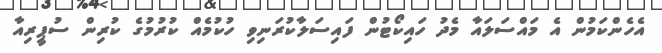
އެހެންކަމުން އެ މައްސަލައާ މެދު ހައިކޯޓުން ފައިސަލާކުރަނިވި ހުކުމެއް ކުރުމުގެ ކުރިން ސުޕީރިއާ